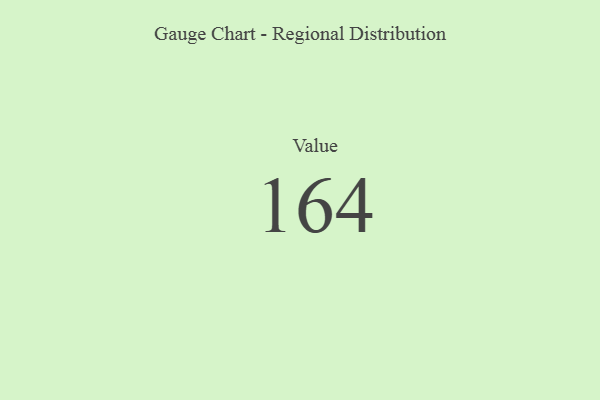
{"axis": {"x": "Metric", "y": "Value"}, "legend": [""], "data": [{"x": "Value", "y": 164, "type": ""}]}